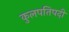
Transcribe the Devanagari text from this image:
कुलपतिपदी